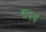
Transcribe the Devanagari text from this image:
सदयं